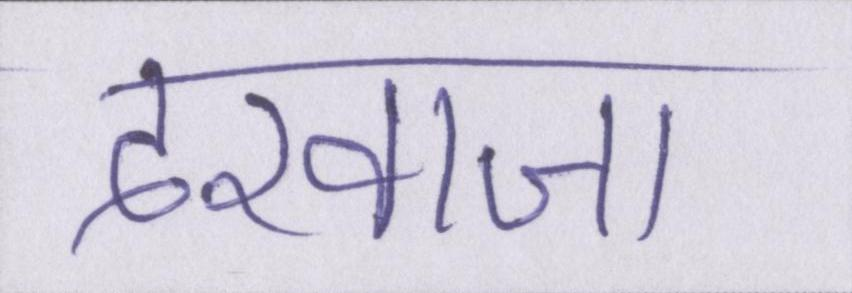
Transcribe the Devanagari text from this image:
दरवाजा